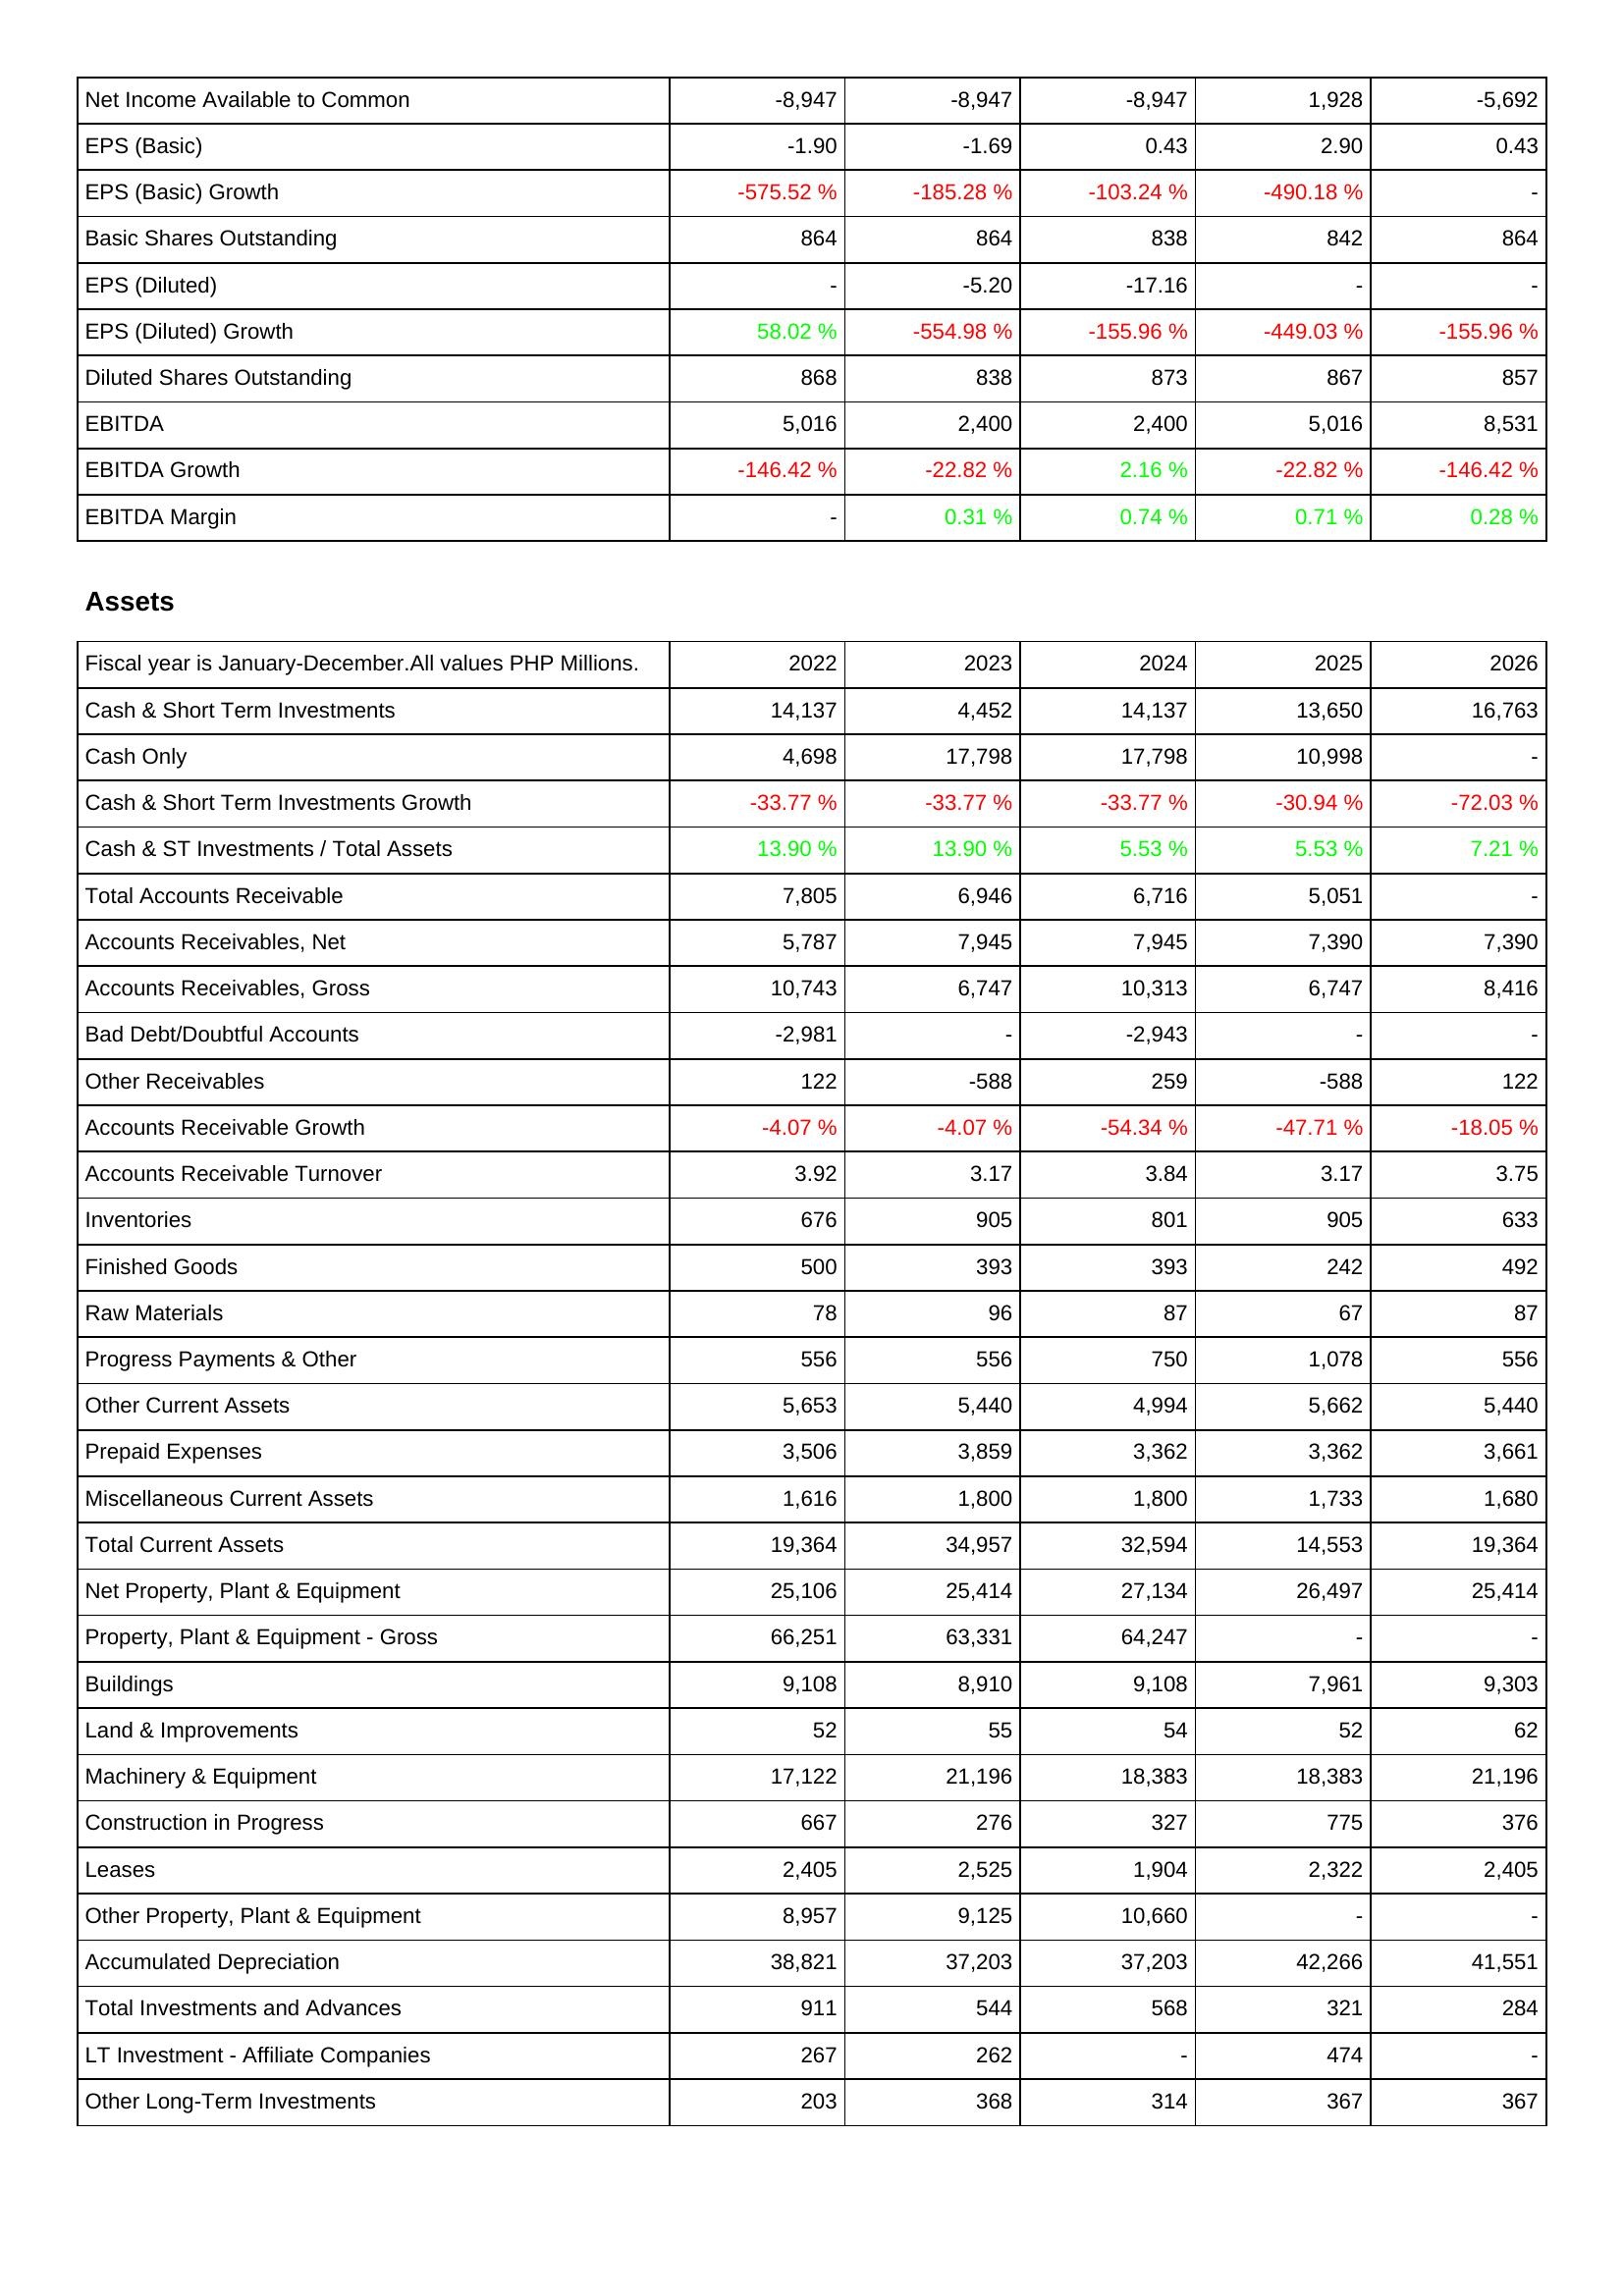
2022: Income Statement: Net Income Available to Common: -8,947
EPS (Basic): -1.90
EPS (Basic) Growth: -575.52 %
Basic Shares Outstanding: 864
EPS (Diluted): -
EPS (Diluted) Growth: 58.02 %
Diluted Shares Outstanding: 868
EBITDA: 5,016
EBITDA Growth: -146.42 %
EBITDA Margin: -
Assets: Cash & Short Term Investments: 14,137
Cash Only: 4,698
Cash & Short Term Investments Growth: -33.77 %
Cash & ST Investments / Total Assets: 13.90 %
Total Accounts Receivable: 7,805
Accounts Receivables, Net: 5,787
Accounts Receivables, Gross: 10,743
Bad Debt/Doubtful Accounts: -2,981
Other Receivables: 122
Accounts Receivable Growth: -4.07 %
Accounts Receivable Turnover: 3.92
Inventories: 676
Finished Goods: 500
Raw Materials: 78
Progress Payments & Other: 556
Other Current Assets: 5,653
Prepaid Expenses: 3,506
Miscellaneous Current Assets: 1,616
Total Current Assets: 19,364
Net Property, Plant & Equipment: 25,106
Property, Plant & Equipment - Gross: 66,251
Buildings: 9,108
Land & Improvements: 52
Machinery & Equipment: 17,122
Construction in Progress: 667
Leases: 2,405
Other Property, Plant & Equipment: 8,957
Accumulated Depreciation: 38,821
Total Investments and Advances: 911
LT Investment - Affiliate Companies: 267
Other Long-Term Investments: 203
2023: Income Statement: Net Income Available to Common: -8,947
EPS (Basic): -1.69
EPS (Basic) Growth: -185.28 %
Basic Shares Outstanding: 864
EPS (Diluted): -5.20
EPS (Diluted) Growth: -554.98 %
Diluted Shares Outstanding: 838
EBITDA: 2,400
EBITDA Growth: -22.82 %
EBITDA Margin: 0.31 %
Assets: Cash & Short Term Investments: 4,452
Cash Only: 17,798
Cash & Short Term Investments Growth: -33.77 %
Cash & ST Investments / Total Assets: 13.90 %
Total Accounts Receivable: 6,946
Accounts Receivables, Net: 7,945
Accounts Receivables, Gross: 6,747
Bad Debt/Doubtful Accounts: -
Other Receivables: -588
Accounts Receivable Growth: -4.07 %
Accounts Receivable Turnover: 3.17
Inventories: 905
Finished Goods: 393
Raw Materials: 96
Progress Payments & Other: 556
Other Current Assets: 5,440
Prepaid Expenses: 3,859
Miscellaneous Current Assets: 1,800
Total Current Assets: 34,957
Net Property, Plant & Equipment: 25,414
Property, Plant & Equipment - Gross: 63,331
Buildings: 8,910
Land & Improvements: 55
Machinery & Equipment: 21,196
Construction in Progress: 276
Leases: 2,525
Other Property, Plant & Equipment: 9,125
Accumulated Depreciation: 37,203
Total Investments and Advances: 544
LT Investment - Affiliate Companies: 262
Other Long-Term Investments: 368
2024: Income Statement: Net Income Available to Common: -8,947
EPS (Basic): 0.43
EPS (Basic) Growth: -103.24 %
Basic Shares Outstanding: 838
EPS (Diluted): -17.16
EPS (Diluted) Growth: -155.96 %
Diluted Shares Outstanding: 873
EBITDA: 2,400
EBITDA Growth: 2.16 %
EBITDA Margin: 0.74 %
Assets: Cash & Short Term Investments: 14,137
Cash Only: 17,798
Cash & Short Term Investments Growth: -33.77 %
Cash & ST Investments / Total Assets: 5.53 %
Total Accounts Receivable: 6,716
Accounts Receivables, Net: 7,945
Accounts Receivables, Gross: 10,313
Bad Debt/Doubtful Accounts: -2,943
Other Receivables: 259
Accounts Receivable Growth: -54.34 %
Accounts Receivable Turnover: 3.84
Inventories: 801
Finished Goods: 393
Raw Materials: 87
Progress Payments & Other: 750
Other Current Assets: 4,994
Prepaid Expenses: 3,362
Miscellaneous Current Assets: 1,800
Total Current Assets: 32,594
Net Property, Plant & Equipment: 27,134
Property, Plant & Equipment - Gross: 64,247
Buildings: 9,108
Land & Improvements: 54
Machinery & Equipment: 18,383
Construction in Progress: 327
Leases: 1,904
Other Property, Plant & Equipment: 10,660
Accumulated Depreciation: 37,203
Total Investments and Advances: 568
LT Investment - Affiliate Companies: -
Other Long-Term Investments: 314
2025: Income Statement: Net Income Available to Common: 1,928
EPS (Basic): 2.90
EPS (Basic) Growth: -490.18 %
Basic Shares Outstanding: 842
EPS (Diluted): -
EPS (Diluted) Growth: -449.03 %
Diluted Shares Outstanding: 867
EBITDA: 5,016
EBITDA Growth: -22.82 %
EBITDA Margin: 0.71 %
Assets: Cash & Short Term Investments: 13,650
Cash Only: 10,998
Cash & Short Term Investments Growth: -30.94 %
Cash & ST Investments / Total Assets: 5.53 %
Total Accounts Receivable: 5,051
Accounts Receivables, Net: 7,390
Accounts Receivables, Gross: 6,747
Bad Debt/Doubtful Accounts: -
Other Receivables: -588
Accounts Receivable Growth: -47.71 %
Accounts Receivable Turnover: 3.17
Inventories: 905
Finished Goods: 242
Raw Materials: 67
Progress Payments & Other: 1,078
Other Current Assets: 5,662
Prepaid Expenses: 3,362
Miscellaneous Current Assets: 1,733
Total Current Assets: 14,553
Net Property, Plant & Equipment: 26,497
Property, Plant & Equipment - Gross: -
Buildings: 7,961
Land & Improvements: 52
Machinery & Equipment: 18,383
Construction in Progress: 775
Leases: 2,322
Other Property, Plant & Equipment: -
Accumulated Depreciation: 42,266
Total Investments and Advances: 321
LT Investment - Affiliate Companies: 474
Other Long-Term Investments: 367
2026: Income Statement: Net Income Available to Common: -5,692
EPS (Basic): 0.43
EPS (Basic) Growth: -
Basic Shares Outstanding: 864
EPS (Diluted): -
EPS (Diluted) Growth: -155.96 %
Diluted Shares Outstanding: 857
EBITDA: 8,531
EBITDA Growth: -146.42 %
EBITDA Margin: 0.28 %
Assets: Cash & Short Term Investments: 16,763
Cash Only: -
Cash & Short Term Investments Growth: -72.03 %
Cash & ST Investments / Total Assets: 7.21 %
Total Accounts Receivable: -
Accounts Receivables, Net: 7,390
Accounts Receivables, Gross: 8,416
Bad Debt/Doubtful Accounts: -
Other Receivables: 122
Accounts Receivable Growth: -18.05 %
Accounts Receivable Turnover: 3.75
Inventories: 633
Finished Goods: 492
Raw Materials: 87
Progress Payments & Other: 556
Other Current Assets: 5,440
Prepaid Expenses: 3,661
Miscellaneous Current Assets: 1,680
Total Current Assets: 19,364
Net Property, Plant & Equipment: 25,414
Property, Plant & Equipment - Gross: -
Buildings: 9,303
Land & Improvements: 62
Machinery & Equipment: 21,196
Construction in Progress: 376
Leases: 2,405
Other Property, Plant & Equipment: -
Accumulated Depreciation: 41,551
Total Investments and Advances: 284
LT Investment - Affiliate Companies: -
Other Long-Term Investments: 367